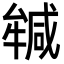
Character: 𭷲